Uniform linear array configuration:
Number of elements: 16
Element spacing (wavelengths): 0.5
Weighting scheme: blackman
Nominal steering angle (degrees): -15
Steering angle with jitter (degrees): -13.64
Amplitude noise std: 0.05
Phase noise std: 0.05

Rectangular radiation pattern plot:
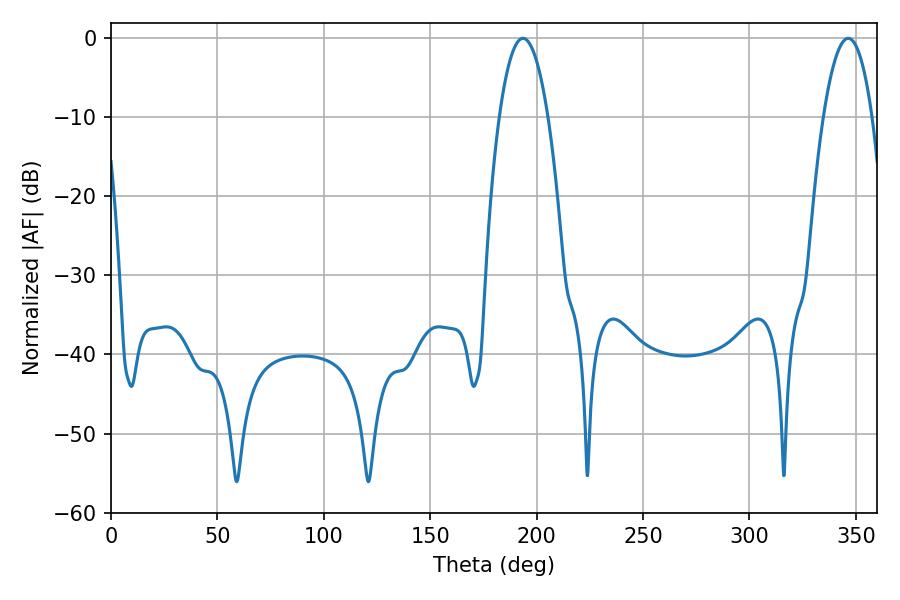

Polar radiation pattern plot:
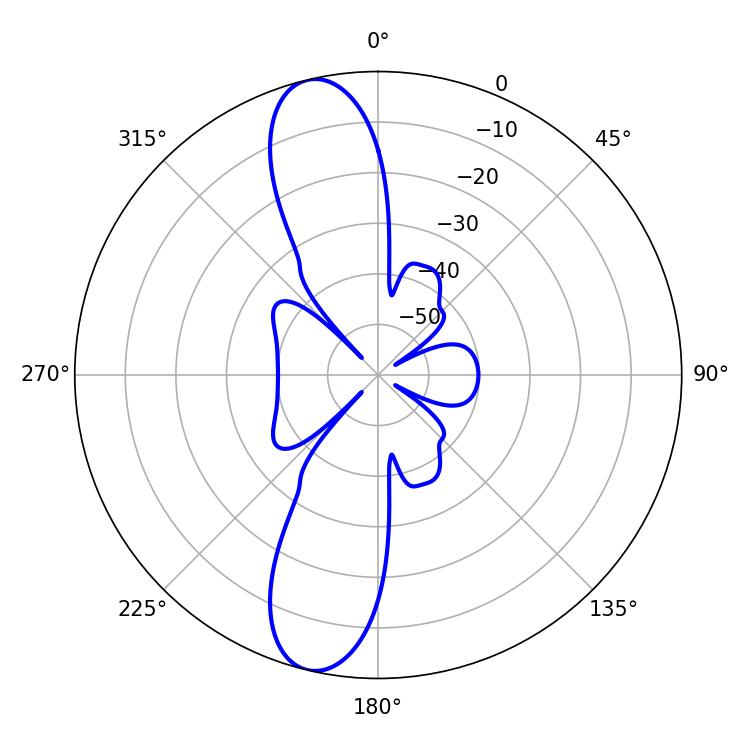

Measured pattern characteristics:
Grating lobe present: FALSE
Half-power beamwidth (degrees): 12.6
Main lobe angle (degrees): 193.5